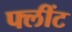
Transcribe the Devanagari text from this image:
फ्लींट